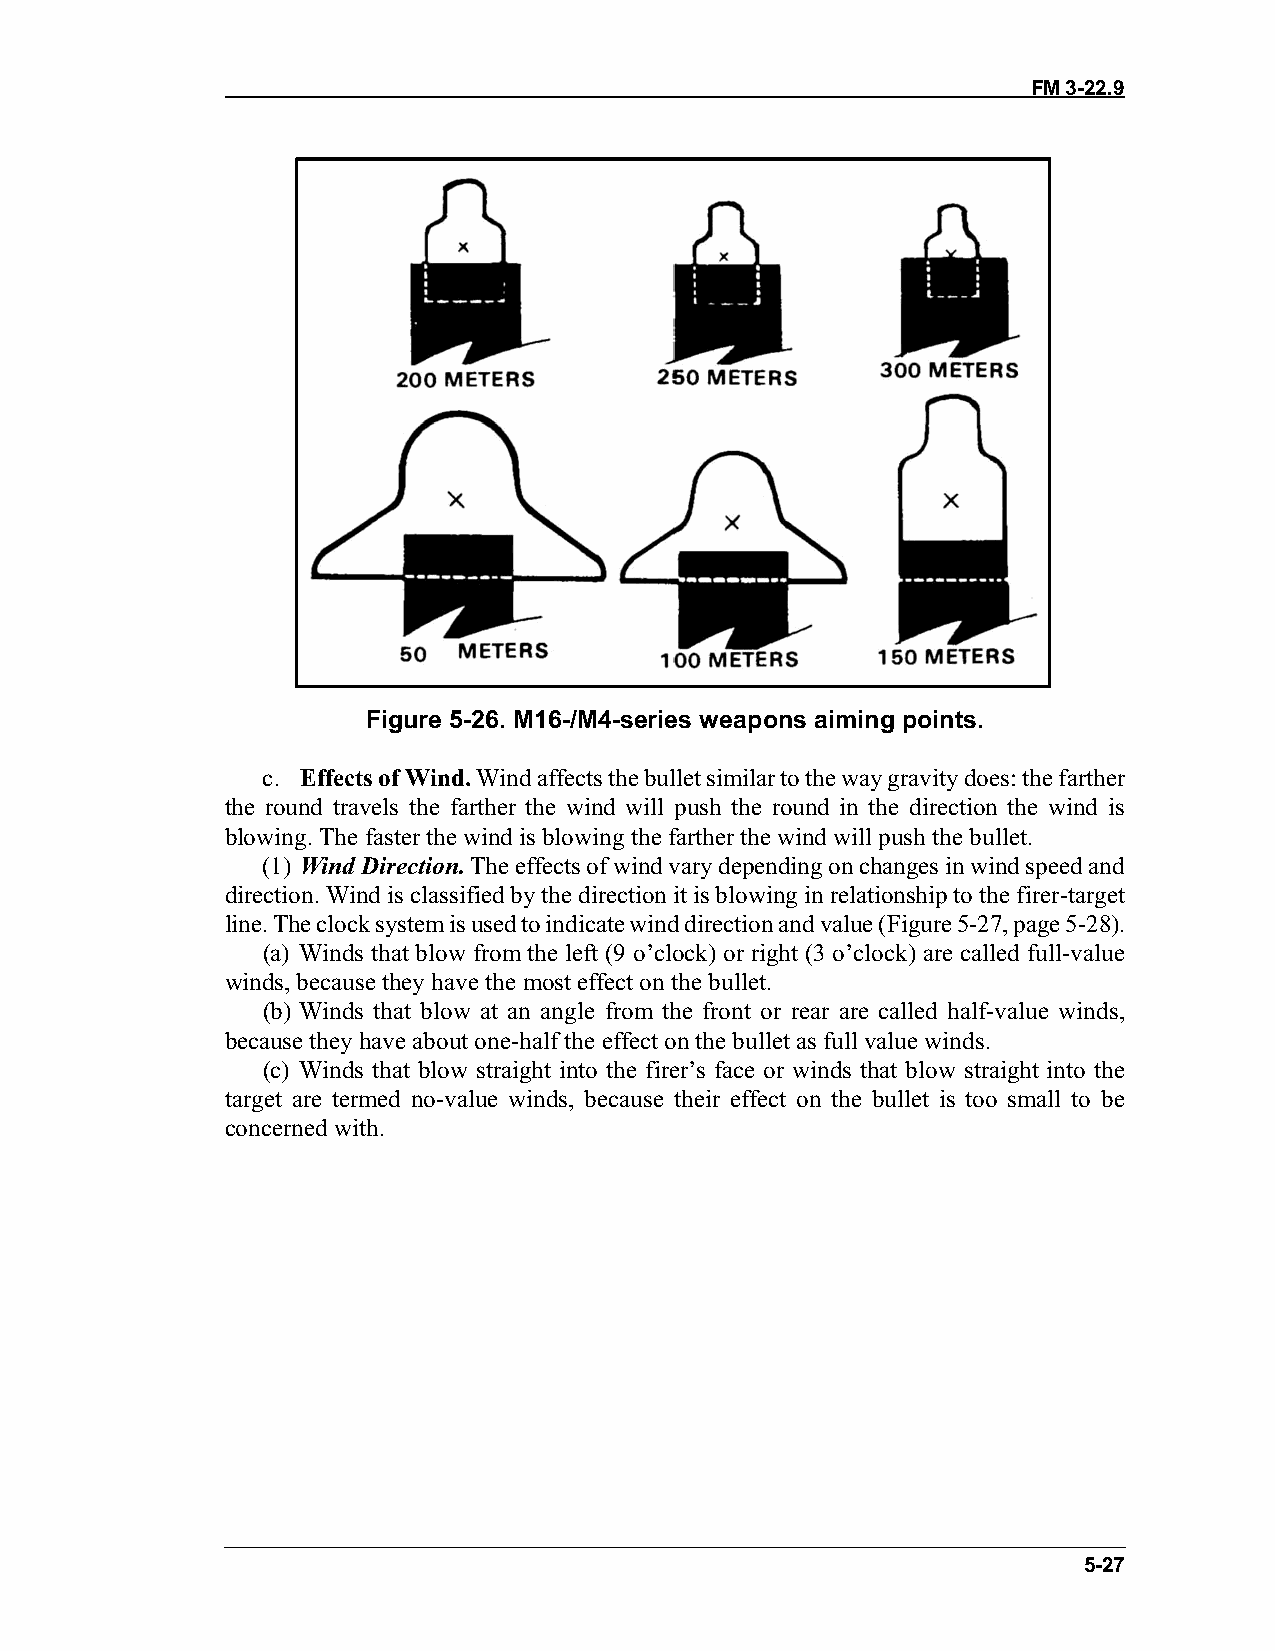
FM 3-22.9
 Figure 5-26. M16-/M4-series weapons aiming points.
 c. Effects of Wind. Wind affects the bullet similar to the way gravity does: the farther
 the round travels the farther the wind will push the round in the direction the wind is
 blowing. The faster the wind is blowing the farther the wind will push the bullet.
 (1) Wind Direction. The effects of wind vary depending on changes in wind speed and
 direction. Wind is classified by the direction it is blowing in relationship to the firer-target
 line. The clock system is used to indicate wind direction and value (Figure 5-27, page 5-28).
 (a) Winds that blow from the left (9 o’clock) or right (3 o’clock) are called full-value
 winds, because they have the most effect on the bullet.
 (b) Winds that blow at an angle from the front or rear are called half-value winds,
 because they have about one-half the effect on the bullet as full value winds.
 (c) Winds that blow straight into the firer’s face or winds that blow straight into the
 target are termed no-value winds, because their effect on the bullet is too small to be
 concerned with.
 5-27